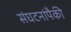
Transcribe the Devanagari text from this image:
संघटनांपैकी